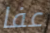
عفا